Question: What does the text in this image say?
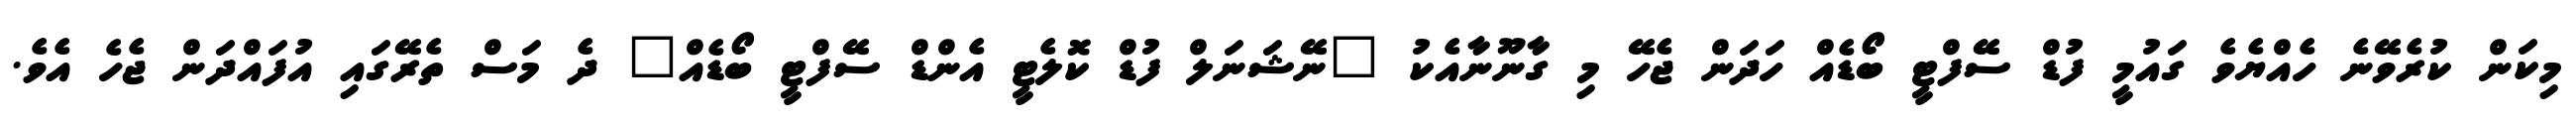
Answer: މިކަން ކުރެވޭނެ ހެއްޔެވެ ގައުމީ ފުޑް ސޭފްޓީ ބޯޑެއް ހަދަން ޖެހޭ މި ގާނޫނާއެކު "ނޭޝަނަލް ފުޑް ކޮލެޓީ އެންޑް ސޭފްޓީ ބޯޑެއް" ދެ މަސް ތެރޭގައި އުފައްދަން ޖެހެ އެވެ.